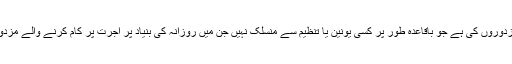
ملک میں ایک بڑی تعداد ایسے مزدوروں کی ہے جو باقاعدہ طور پر کسی یونین یا تنظیم سے منسلک نہیں جن میں روزانہ کی بنیاد پر اجرت پر کام کرنے والے مزدور اور گھریلو ملازمین شامل ہیں۔